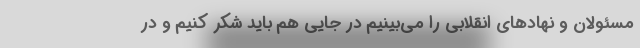
مسئولان و نهادهای انقلابی را می‌بینیم در جایی هم باید شکر کنیم و در